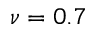
\nu = 0 . 7